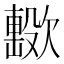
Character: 𣤢